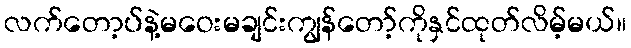
လက်တော့ပ်နဲ့မဝေးမချင်းကျွန်တော့်ကိုနှင်ထုတ်လိမ့်မယ်။